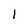
Character: l